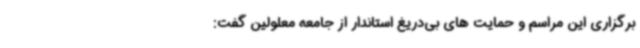
برگزاری این مراسم و حمایت های بی‌دریغ استاندار از جامعه معلولین گفت: